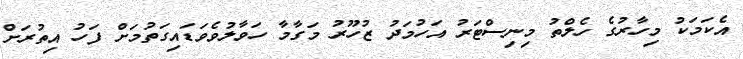
އެކަމަކު މިހާރުގެ ހެލްތު މިނިސްޓަރު އަހުމަދު ޒުހޫރު މަގާމާ ހަވާލުވެވަޑައިގަތުމަށް ފަހު އިތުރަށް